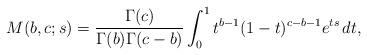
LaTeX: \begin{align*} M(b,c;s) = \frac{\Gamma(c)}{\Gamma(b)\Gamma(c-b)} \int_0^1 t^{b-1} (1-t)^{c-b-1} e^{ts} \,dt,\end{align*}